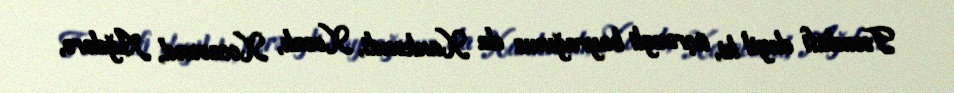
Təsadüfi deyil ki, üçrəngli bayrağımız da Xankəndi, Xocalı, Xocavənd, Ağdərə,